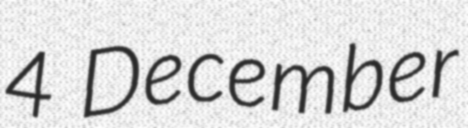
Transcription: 4 December